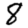
Digit: 8